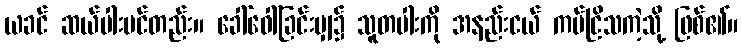
ယခင် ဆယ်ပါးပင်တည်း။ ခေါ်ဝေါ်ခြင်းမျှ၌ သူတပါးကို အနည်းငယ် ကပ်ငြိသကဲ့သို့ ဖြစ်၏။